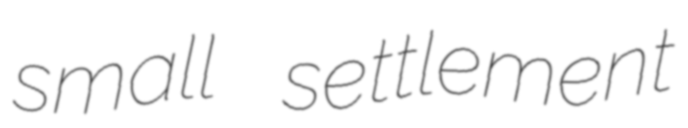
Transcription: small settlement